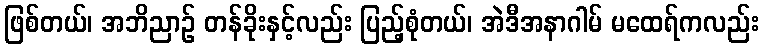
ဖြစ်တယ်၊ အဘိညာဉ် တန်ခိုးနှင့်လည်း ပြည့်စုံတယ်၊ အဲဒီအနာဂါမ် မထေရ်ကလည်း